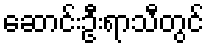
ဆောင်းဦးရာသီတွင်